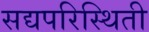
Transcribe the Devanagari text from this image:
सद्यपरिस्थिती